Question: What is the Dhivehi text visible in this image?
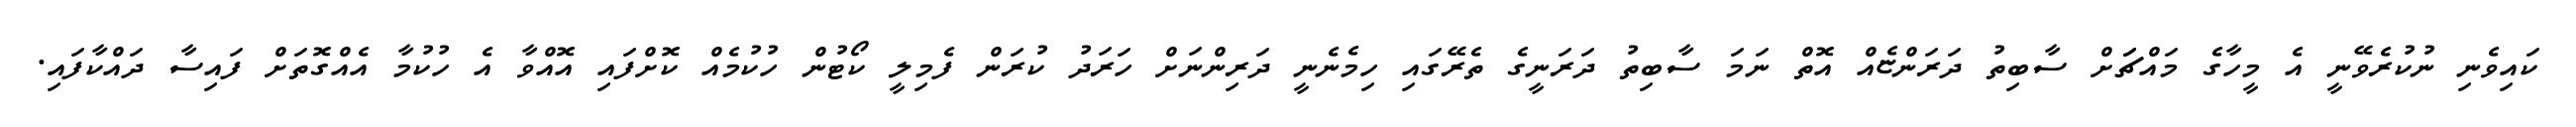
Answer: ކައިވެނި ނުކުރެވޭނީ އެ މީހާގެ މައްޗަަށް ސާބިތު ދަރަންޏެއް އޮތް ނަމަ ސާބިތު ދަރަނީގެ ތެރޭގައި ހިމެނެނީ ދަރިންނަށް ހަރަދު ކުރަން ފެމިލީ ކޯޓުން ހުކުމެއް ކޮށްފައި އޮއްވާ އެ ހުކުމާ އެއްގޮތަށް ފައިސާ ދައްކާފައި.